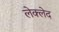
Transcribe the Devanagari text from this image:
लेक्लेद